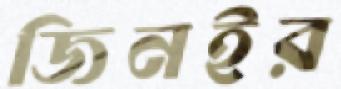
জিনইর